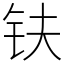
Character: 𫓧